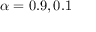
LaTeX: \alpha = 0 . 9 , 0 . 1